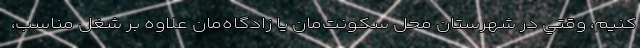
كنيم، وقتي در شهرستان محل سکونت‌مان یا زادگاه‌مان علاوه بر شغل مناسب،